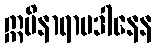
ဣမိနာရာမဒါနေန